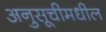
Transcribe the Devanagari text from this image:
अनुसूचीमधील